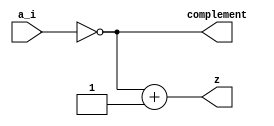
module lab2ex2 (
input [4:0] a_i,
output [4:0] complement, output [4:0] z
);

assign complement = ~a_i;
assign z = complement + 1;

endmodule